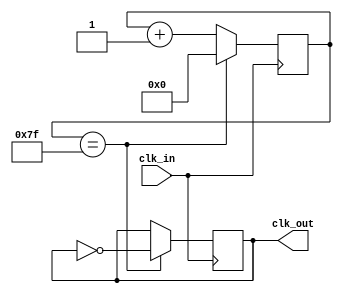
module clock_generation(
    input wire clk_in,
    output wire clk_out
);

reg [7:0] counter;

always @ (posedge clk_in) begin
    if (counter == 8'd127) begin
         counter <= 8'b0;
         clk_out <= ~clk_out;
    end else begin
         counter <= counter + 1;
    end
end

endmodule